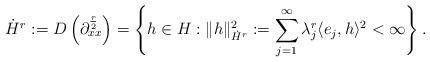
LaTeX: \begin{align*} \dot H^r := D\left(\partial_{xx}^{\frac r2}\right)= \left\{h\in H: \|h\|_{\dot H^r}^2:=\sum_{j=1}^{\infty} \lambda_j^{ r} \langle e_j, h\rangle^2 <\infty\right\}.\end{align*}